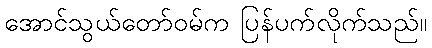
အောင်သွယ်တော်ဝမ်က ပြန်ပက်လိုက်သည်။